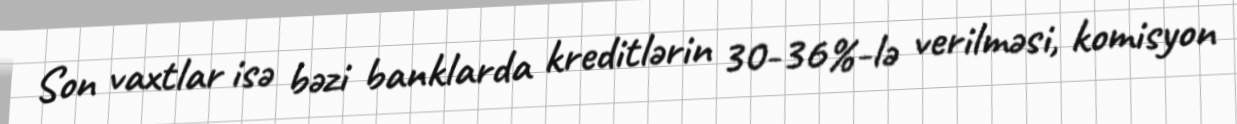
Son vaxtlar isə bəzi banklarda kreditlərin 30-36%-lə verilməsi, komisyon